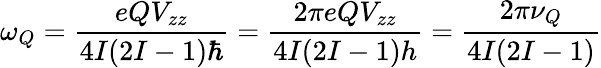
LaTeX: \omega_{Q}={\frac{eQV_{zz}}{4I(2I-1)\hbar}}={\frac{2\pi eQV_{zz}}{4I(2I-1)h}}={\frac{2\pi\nu_{Q}}{4I(2I-1)}}